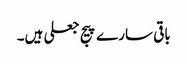
باقی سارے پیج جعلی ہیں۔